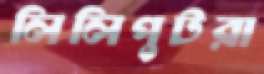
লিলিপুটরা